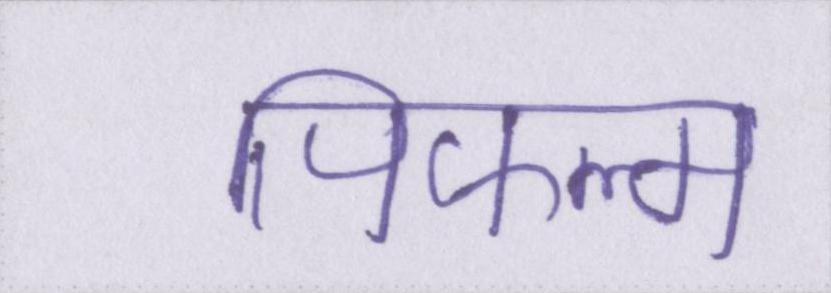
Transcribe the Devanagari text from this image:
पिफल्म